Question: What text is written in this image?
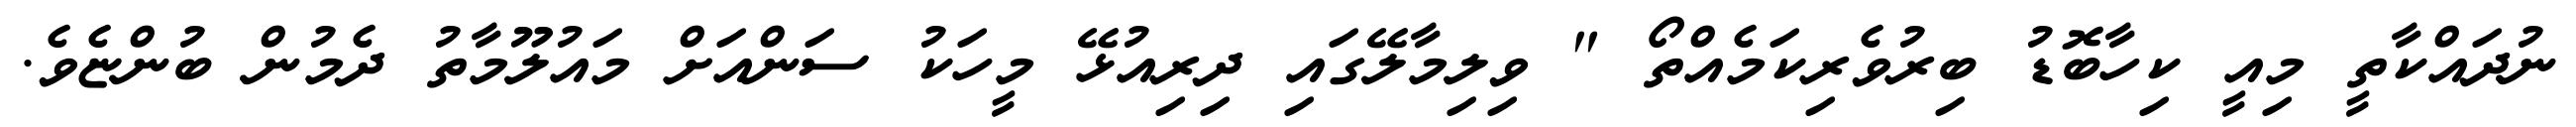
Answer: ނުދައްކާތީ މިއީ ކިހާބޮޑު ބިރުވެރިކަމެއްތޯ " ވިލިމާލޭގައި ދިރިއުޅޭ މީހަކު ސަންއަށް މައުލޫމާތު ދެމުން ބުންޏެވެ.